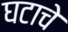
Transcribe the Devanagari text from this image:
घटाचे